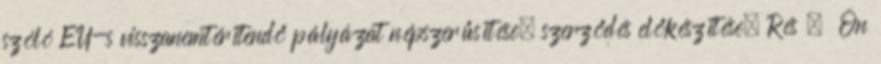
szóló EU-s visszanemtérítendő pályázat népszerűsítése, szerződés előkészítése. Rés . Ön